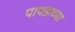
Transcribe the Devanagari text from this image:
पापडाच्या